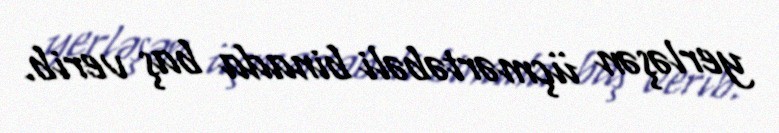
yerləşən üçmərtəbəli binada baş verib.